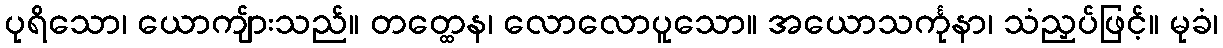
ပုရိသော၊ ယောကျ်ားသည်။ တတ္ထေန၊ လောလောပူသော။ အယောသင်္ကုနာ၊ သံညှပ်ဖြင့်။ မုခံ၊